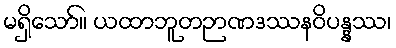
မရှိသော်။ ယထာဘူတဉာဏဒဿနဝိပန္နဿ၊